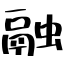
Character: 融